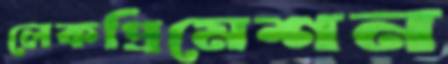
লেকপ্রিমেশন